Vital statistics of India. Vol. V, Reports of 1876 on armies & jails and on epidemic cholera
Year: 1876
Disease focus: Cholera
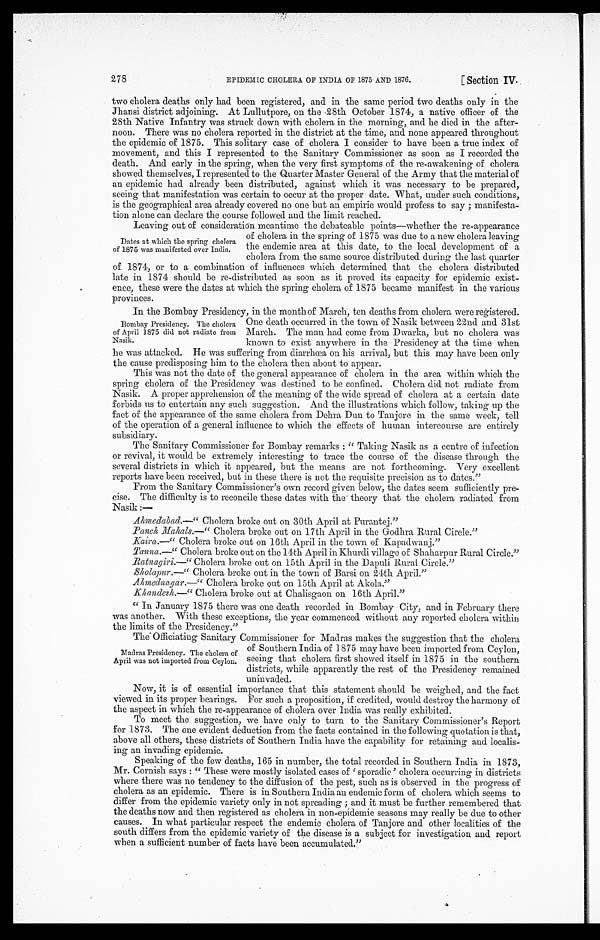
EPIDEMIC CHOLERA OF INDIA OF 1875 AND 1876.
[Section IV.
278
two cholera deaths only had been registered, and in the same period two deaths only in the
Jhansi district adjoining. At Lullutpore, on the 28th October 1874, a native officer of the
28th Native Infantry was struck down with cholera in the morning, and he died in the after
-noon. There was no cholera reported in the district at the time, and none appeared throughout
the epidemic of 1875. This solitary case of cholera I consider to have been a true index of
movement, and this I represented to the Sanitary Commissioner as soon as I recorded the
death. And early in the spring, when the very first symptoms of the re-awakening of cholera
showed themselves, I represented to the Quarter Master General of the Army that the material of
an epidemic had already been distributed, against which it was necessary to be prepared,
seeing that manifestation was certain to occur at the proper date. What, under such conditions,
is the geographical area already covered no one but an empiric would profess to say; manifesta
-tion alone can declare the course followed and the limit reached.
Leaving out of consideration meantime the debateable points—whether the re-appearance
of cholera in the spring of 1875 was due to a new cholera leaving
the endemic area at this date, to the local development of a
cholera from the same source distributed during the last quarter
of 1874, or to a combination of influences which determined that the cholera distributed
late in 1874 should be re-distributed as soon as it proved its capacity for epidemic exist
-ence, these were the dates at which the spring cholera of 1875 became manifest in the various
Provinces.
In the Bombay Presidency, in the month of March, ten deaths from cholera were registered.
One death occurred in the town of Nasik between 22nd and 31st
March. The man had come from Dwarka, but no cholera was
known to exist anywhere in the Presidency at the time when
he was attacked. He was suffering from diarrhœa on his arrival, but this may have been only
the cause predisposing him to the cholera then about to appear.
This was not the date of the general appearance of cholera in the area within which the
spring cholera of the Presidency was destined to be confined. Cholera did not radiate from
Nasik. A proper apprehension of the meaning of the wide spread of cholera at a certain date
forbids us to entertain any such suggestion. And the illustrations which follow, taking up the
fact of the appearance of the same cholera from Dehra Dun to Tanjore in the same week, tell
of the operation of a general influence to which the effects of human intercourse are entirely
subsidiary.
The Sanitary Commissioner for Bombay remarks : "Taking Nasik as a centre of infection
or revival, it would be extremely interesting to trace the course of the disease through the
several districts in which it appeared, but the means are not forthcoming. Very excellent
reports have been received, but in these there is not the requisite precision as to dates."
From the Sanitary Commissioner's own record given below, the dates seem sufficiently pre
-cise. The difficulty is to reconcile these dates with the theory that the cholera radiated from
Nasik:—
Ahmedabad.—" Cholera broke out on 30th April at Purantej."
Panch Mahals.—"Cholera broke out on 17th April in the Godhra Rural Circle."
Kaira—" Cholera broke out on 16th April in the town of Kapadwanj."
Tanna.—" Cholera broke out on the 14th April in Khurdi village of Shaharpur Rural Circle."
Ratnagiri.—" Cholera broke out on 15th April in the Dapuli Rural Circle."
Sholapur.—" Cholera broke out in the town of Barsi on 24th April."
Ahmednagar.—" Cholera broke out on 15th April at Akola."
Khandesh.—" Cholera broke out at Chalisgaon on 16th April."
"In January 1875 there was one death recorded in Bombay City, and in February there
was another. With these exceptions, the year commenced without any reported cholera within
the limits of the Presidency."
The Officiating Sanitary Commissioner for Madras makes the suggestion that the cholera
of Southern India of 1875 may have been imported from Ceylon,
seeing that cholera first showed itself in 1875 in the southern
districts, while apparently the rest of the Presidency remained
uninvaded.
Now, it is of essential importance that this statement should be weighed, and the fact
viewed in its proper bearings. For such a proposition, if credited, would destroy the harmony of
the aspect in which the re-appearance of cholera over India was really exhibited.
To meet the suggestion, we have only to turn to the Sanitary Commissioner's Report
for 1873. The one evident deduction from the facts contained in the following quotation is that,
above all others, these districts of Southern India have the capability for retaining and locali
s - i n g a n i n v a d i n g e p i d e m i c .
Speaking of the few deaths, 165 in number, the total recorded in Southern India in 1873,
Mr. Cornish says: "These were mostly isolated cases of 'sporadic' cholera occurring in districts
where there was no tendency to the diffusion of the pest, such as is observed in the progress of
cholera as an epidemic. There is in Southern India an endemic form of cholera which seems to
differ from the epidemic variety only in not spreading; and it must be further remembered that
the deaths now and then registered as cholera in non-epidemic seasons may really be due to other
causes. In what particular respect the endemic cholera of Tanjore and other localities of the
south differs from the epidemic variety of the disease is a subject for investigation and report
when a sufficient number of facts have been accumulated."
Dates at which the spring cholera
of 1875 was manifested over India.
Bombay Presidency. The cholera
of April 1875 did not radiate from
Nasik.
Madras Presidency. The cholera of
April was not imported from Ceylon.